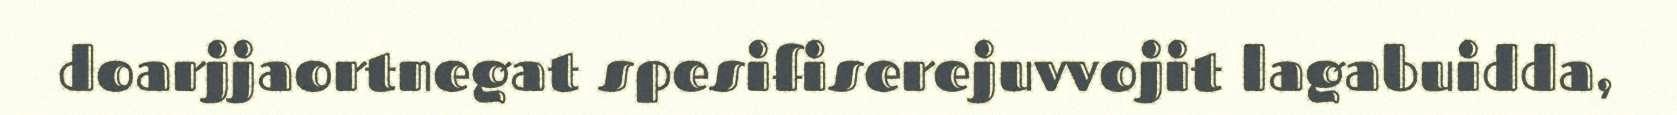
doarjjaortnegat spesifiserejuvvojit lagabuidda,